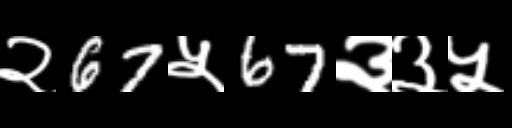
Text: २67५67३३५